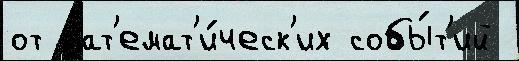
от мат'емат'и́ческ'их собы́т'ий